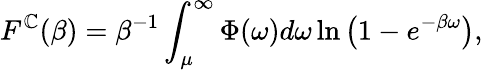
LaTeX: F^{\mathbb{C}}(\beta)=\beta^{-1}\int_{\mu}^{\infty}\Phi(\omega)d\omega\ln\left(1-e^{-\beta\omega}\right),